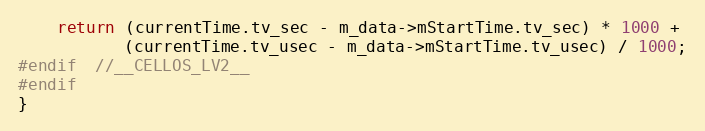
Language: C++
	return (currentTime.tv_sec - m_data->mStartTime.tv_sec) * 1000 +
		   (currentTime.tv_usec - m_data->mStartTime.tv_usec) / 1000;
#endif  //__CELLOS_LV2__
#endif
}